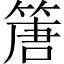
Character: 篖